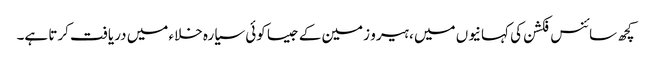
کچھ سائنس فکشن کی کہانیوں میں ، ہیرو زمین کے جیسا کوئی سیارہ خلاء میں دریافت کرتا ہے۔